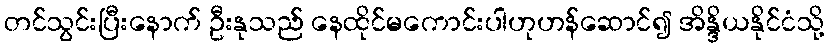
တင်သွင်းပြီးနောက် ဦးနုသည် နေထိုင်မကောင်းပါဟုဟန်ဆောင်၍ အိန္ဒိယနိုင်ငံသို့